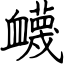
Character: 衊